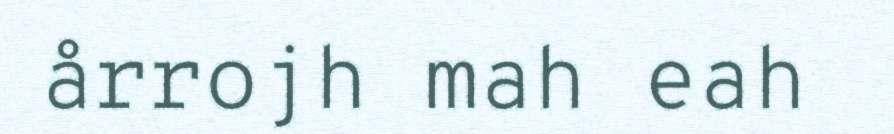
årrojh mah eah